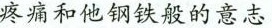
疼痛和他钢铁般的意志